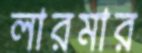
লারমার